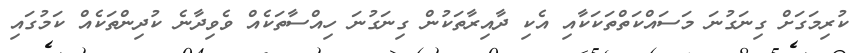
ކުރިމަގަށް ގިނަގުނަ މަސައްކަތްތަކަކާއި އެކި ދާއިރާތަކުން ގިނަގުނަ ހިއްސާތަކެއް ވެވިދާނެ ކުދިންތަކެއް ކަމުގައި